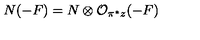
N ( - F ) = N \otimes { \cal O } _ { \pi ^ { * } z } ( - F )